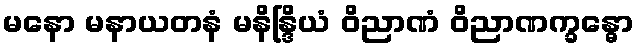
မနော မနာယတနံ မနိန္ဒြိယံ ဝိညာဏံ ဝိညာဏက္ခန္ဓော